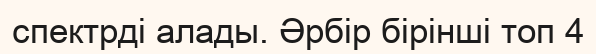
спектрді алады. Әрбір бірінші топ 4